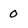
Character: 0